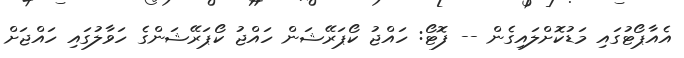
އެއާޕޯޓުގައި މަޑުކޮށްލައިގެން -- ފޮޓޯ: ހައްޖު ކޯޕަރޭޝަން ހައްޖު ކޯޕަރޭޝަންގެ ހަވާލުގައި ހައްޖަށް